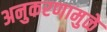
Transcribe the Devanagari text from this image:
अनुकरणामुळे